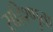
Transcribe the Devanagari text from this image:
सहिश्णुता